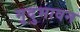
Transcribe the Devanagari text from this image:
मृदुभावन